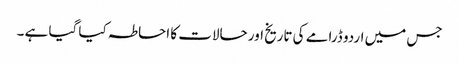
جس میں اردو ڈرامے کی تاریخ اور حالات کا احاطہ کیا گیا ہے ۔